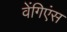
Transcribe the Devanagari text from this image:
वेंगिएंस